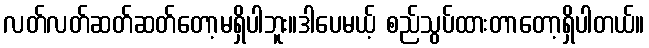
လတ်လတ်ဆတ်ဆတ်တော့မရှိပါဘူး။ဒါပေမယ့် စည်သွပ်ထားတာတော့ရှိပါတယ်။